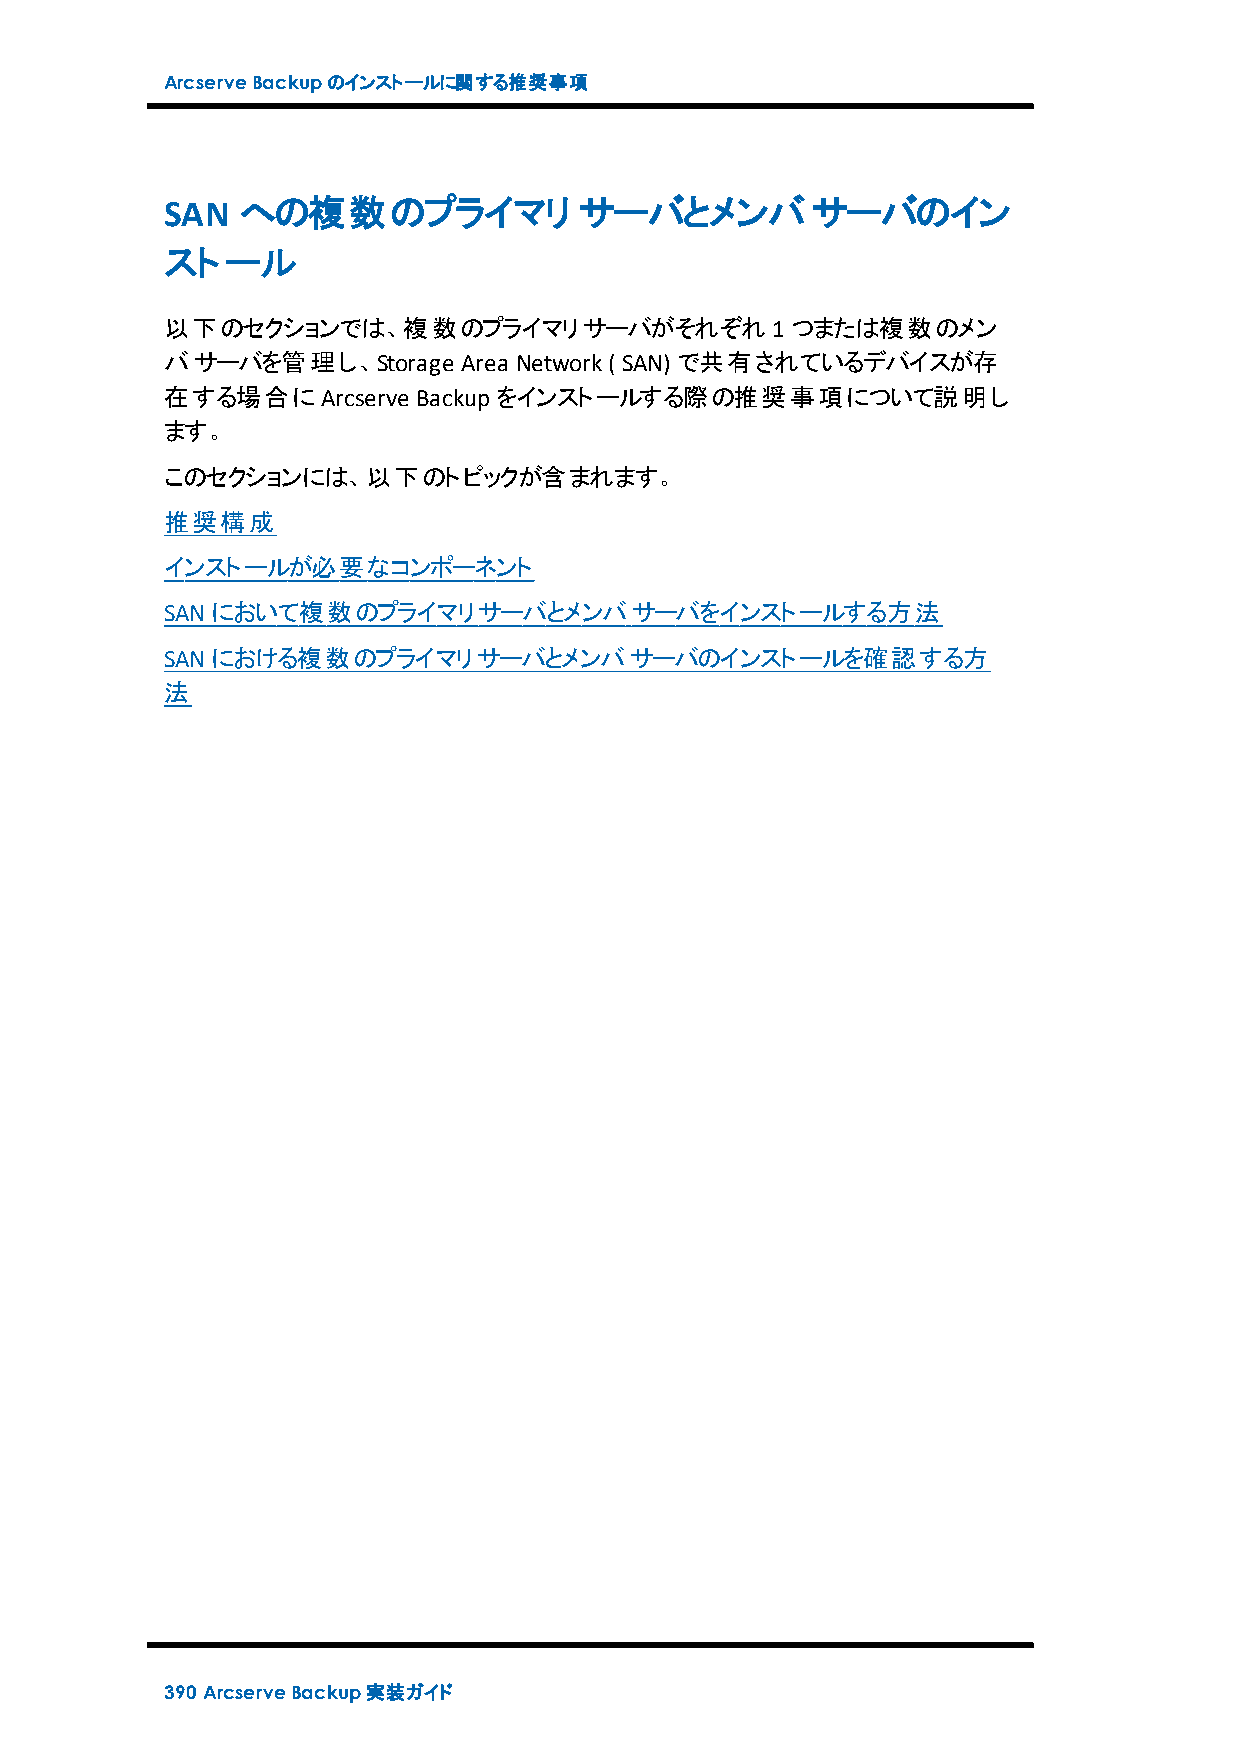
ArcserveBackupのインストールに関する推奨事項
 SAN  への複数のプライマリ            サーバとメンバサーバのイン
 ストール
 以下のセクションでは、複数のプライマリサーバがそれぞれ1つまたは複数のメン
 バサーバを管理し、Storage    Area Network( SAN) で共有されているデバイスが存
 在する場合にArcserve   Backupをインストールする際の推奨事項について説明し
 ます。
 このセクションには、以下のトピックが含まれます。
 推奨構成
 インストールが必要なコンポーネント
 SANにおいて複数のプライマリサーバとメンバサーバをインストールする方法
 SANにおける複数のプライマリサーバとメンバサーバのインストールを確認する方
 法
 390 ArcserveBackup実装ガイド